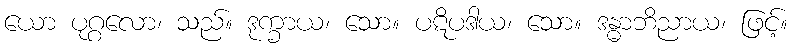
ယော ပုဂ္ဂလော၊ သည်။ ဒုက္ခာယ၊ သော။ ပဋိပဒါယ၊ သော။ ဒန္ဓာဘိညာယ၊ ဖြင့်။